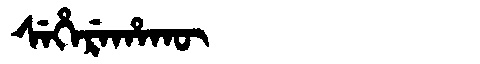
Manchu: ᠰᡝᡥᡝᡵᡝᡥᠠᡴᡡ
Romanization: SEHEREHAKŪ